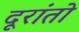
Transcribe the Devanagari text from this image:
दूरांतो